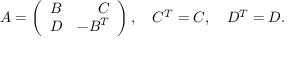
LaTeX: A = \left( \begin{array} { c r c } { { B } } & { { C } } \\ { { D } } & { { - B ^ { T } } } \end{array} \right) , \quad C ^ { T } = C , \quad D ^ { T } = D .